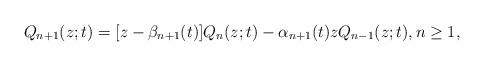
LaTeX: \begin{align*} Q_{n+1}(z; t) = [z - \beta_{n+1}(t)] Q_{n}(z; t) - \alpha_{n+1}(t)z Q_{n-1}(z; t), n \geq 1,\end{align*}